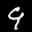
Label: 9